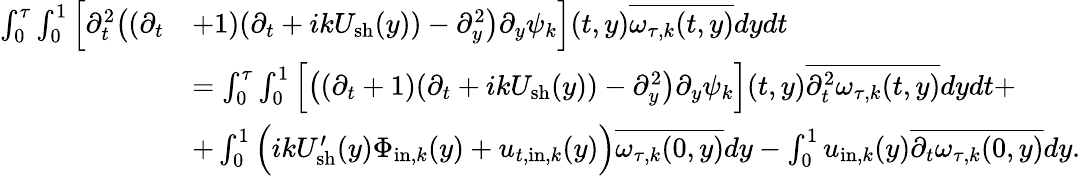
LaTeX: \begin{array}{rl}{\int_{0}^{\tau}\int_{0}^{1}\Big[\partial_{t}^{2}\big((\partial_{t}}&{+1)(\partial_{t}+ikU_{\mathrm{sh}}(y))-\partial_{y}^{2}\big)\partial_{y}\psi_{k}\Big](t,y)\overline{{\omega_{\tau,k}(t,y)}}dydt}\\ &{=\int_{0}^{\tau}\int_{0}^{1}\Big[\big((\partial_{t}+1)(\partial_{t}+ikU_{\mathrm{sh}}(y))-\partial_{y}^{2}\big)\partial_{y}\psi_{k}\Big](t,y)\overline{{\partial_{t}^{2}\omega_{\tau,k}(t,y)}}dydt+}\\ &{+\int_{0}^{1}\Big(ikU_{\mathrm{sh}}^{\prime}(y)\Phi_{\mathrm{in},k}(y)+u_{t,\mathrm{in},k}(y)\Big)\overline{{\omega_{\tau,k}(0,y)}}dy-\int_{0}^{1}u_{\mathrm{in},k}(y)\overline{{\partial_{t}\omega_{\tau,k}(0,y)}}dy.}\end{array}